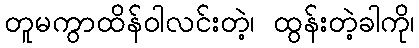
တူမကွာထိန်ဝါလင်းတဲ့၊ ထွန်းတဲ့ခါကို၊